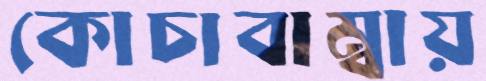
কোচাবাম্বায়